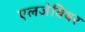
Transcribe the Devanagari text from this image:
एलजेवियर